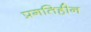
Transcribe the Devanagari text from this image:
प्रगतिहीन